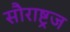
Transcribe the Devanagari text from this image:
सौराष्ट्रज